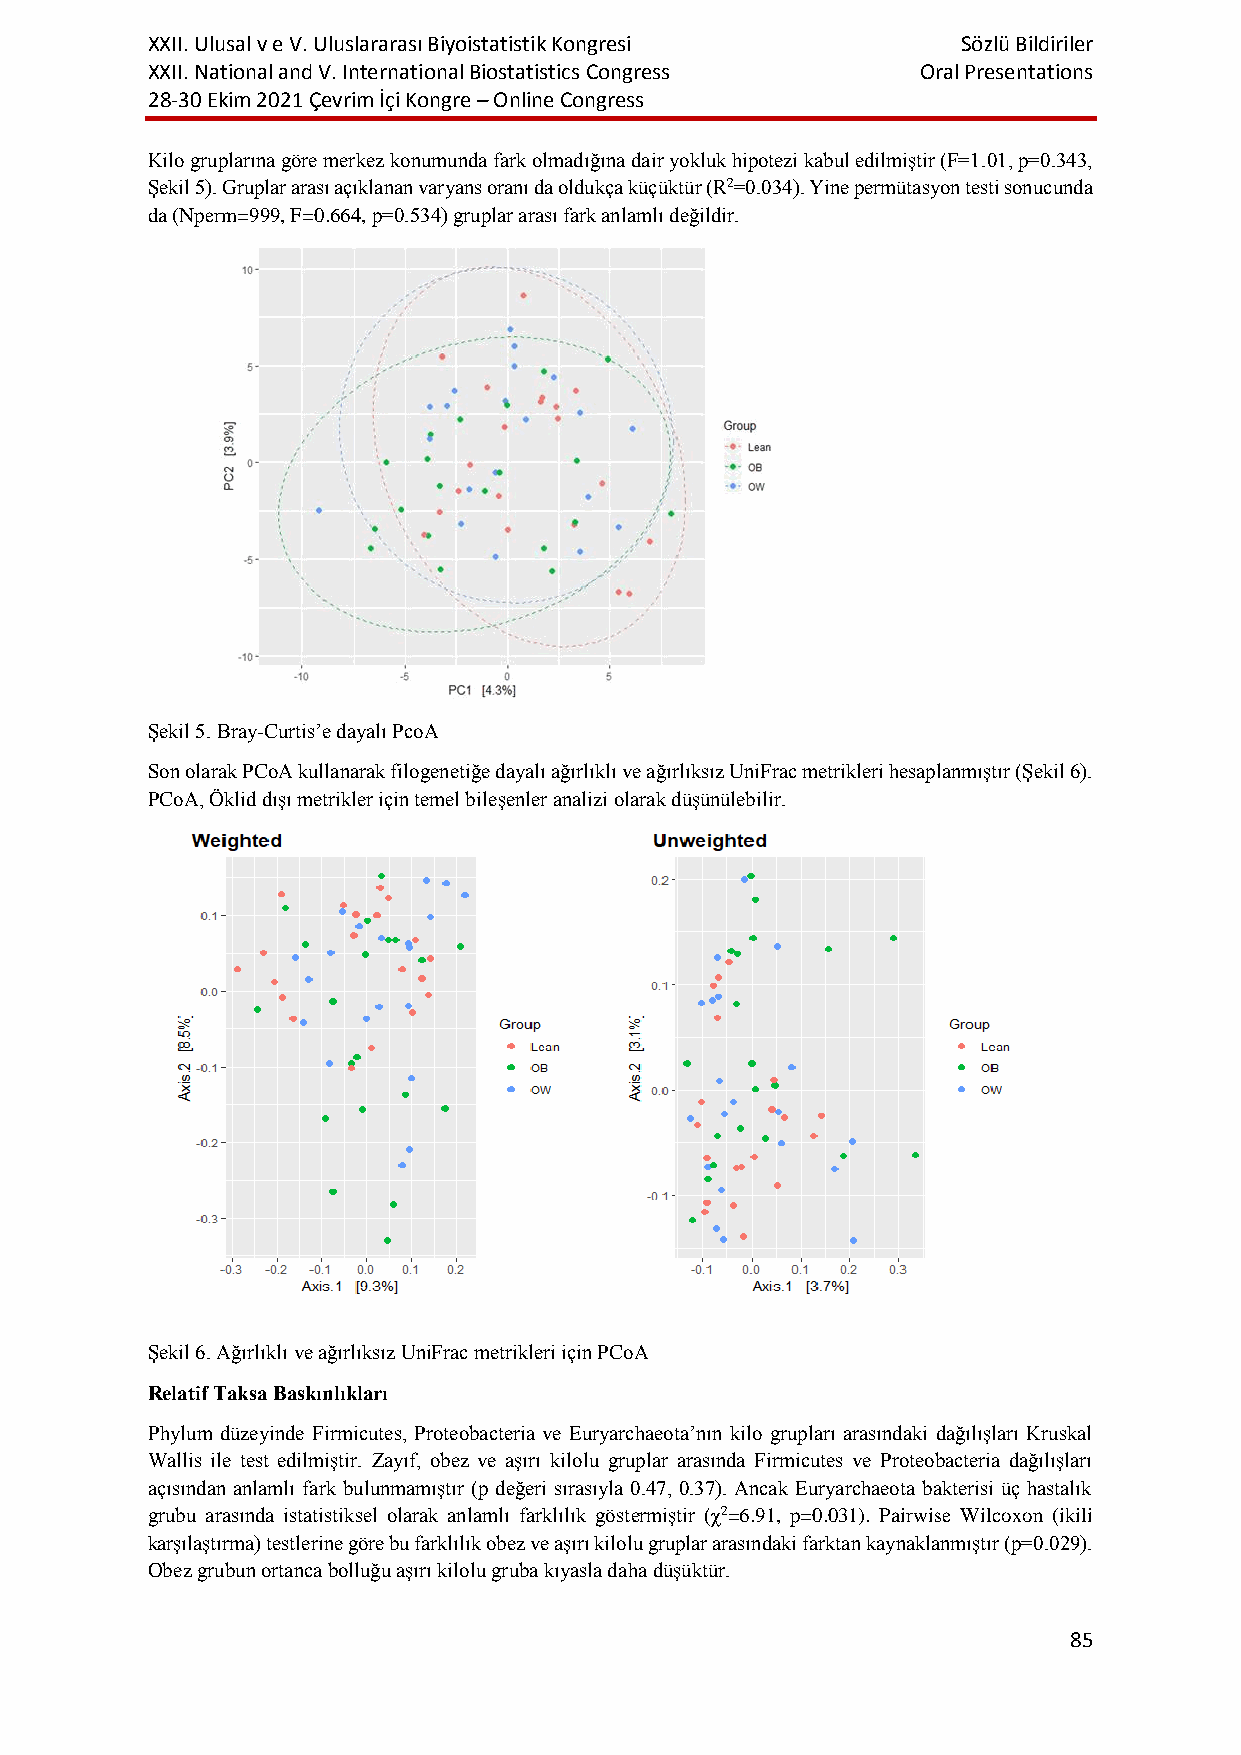
XXII. Ulusal v e V. Uluslararası Biyoistatistik Kongresi Sözlü Bildiriler
 XXII. National and V. International Biostatistics Congress Oral Presentations
 28-30 Ekim 2021 Çevrim İçi Kongre – Online Congress
 Kilo gruplarına göre merkez konumunda fark olmadığına dair yokluk hipotezi kabul edilmiştir (F=1.01, p=0.343,
 Şekil 5). Gruplar arası açıklanan varyans oranı da oldukça küçüktür (R2=0.034). Yine permütasyon testi sonucunda
 da (Nperm=999, F=0.664, p=0.534) gruplar arası fark anlamlı değildir.
 Şekil 5. Bray-Curtis’e dayalı PcoA
 Son olarak PCoA kullanarak filogenetiğe dayalı ağırlıklı ve ağırlıksız UniFrac metrikleri hesaplanmıştır (Şekil 6).
 PCoA, Öklid dışı metrikler için temel bileşenler analizi olarak düşünülebilir.
 Şekil 6. Ağırlıklı ve ağırlıksız UniFrac metrikleri için PCoA
 Relatif Taksa Baskınlıkları
 Phylum düzeyinde Firmicutes, Proteobacteria ve Euryarchaeota’nın kilo grupları arasındaki dağılışları Kruskal
 Wallis ile test edilmiştir. Zayıf, obez ve aşırı kilolu gruplar arasında Firmicutes ve Proteobacteria dağılışları
 açısından anlamlı fark bulunmamıştır (p değeri sırasıyla 0.47, 0.37). Ancak Euryarchaeota bakterisi üç hastalık
 grubu arasında istatistiksel olarak anlamlı farklılık göstermiştir (χ2=6.91, p=0.031). Pairwise Wilcoxon (ikili
 karşılaştırma) testlerine göre bu farklılık obez ve aşırı kilolu gruplar arasındaki farktan kaynaklanmıştır (p=0.029).
 Obez grubun ortanca bolluğu aşırı kilolu gruba kıyasla daha düşüktür.
 85